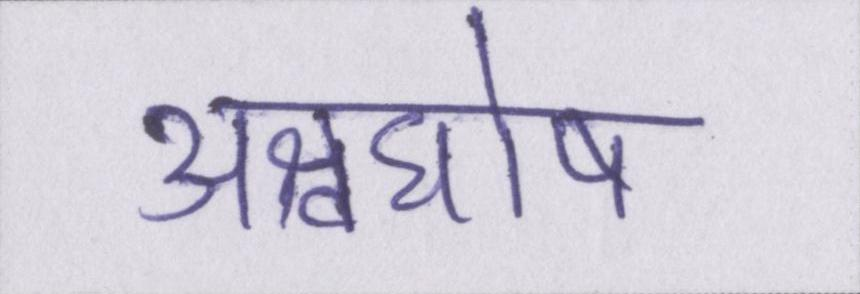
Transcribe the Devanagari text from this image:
अश्वघोष